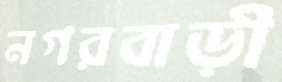
নগরবাড়ী